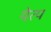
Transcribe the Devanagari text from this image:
येत्प